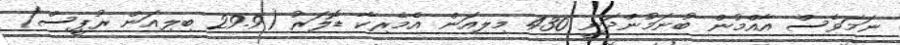
ނަމަވެސް އާއްމުން ބުނަމުންދަނީ 430 މިލިއަން އެމެރިކާ ޑޮލަރު (29.9 ބިލިއަން ރުޕީސް)